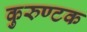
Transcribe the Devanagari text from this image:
कुरुण्टक